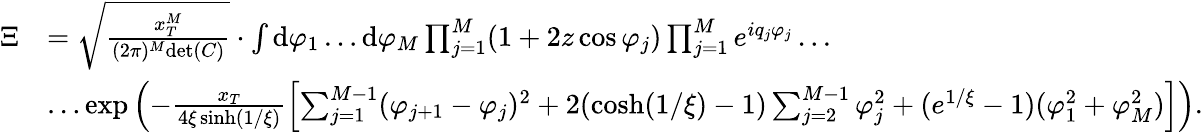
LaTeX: \begin{array}{rl}{\Xi}&{=\sqrt{\frac{x_{T}^{M}}{(2\pi)^{M}\mathrm{det}(C)}}\cdot\int\mathrm{d}\varphi_{1}\dots\mathrm{d}\varphi_{M}\prod_{j=1}^{M}(1+2z\cos\varphi_{j})\prod_{j=1}^{M}e^{iq_{j}\varphi_{j}}\dots}\\ &{\dots\exp\left(-\frac{x_{T}}{4\xi\sinh(1/\xi)}\left[\sum_{j=1}^{M-1}(\varphi_{j+1}-\varphi_{j})^{2}+2(\cosh(1/\xi)-1)\sum_{j=2}^{M-1}\varphi_{j}^{2}+(e^{1/\xi}-1)(\varphi_{1}^{2}+\varphi_{M}^{2})\right]\right).}\end{array}